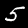
Label: 5